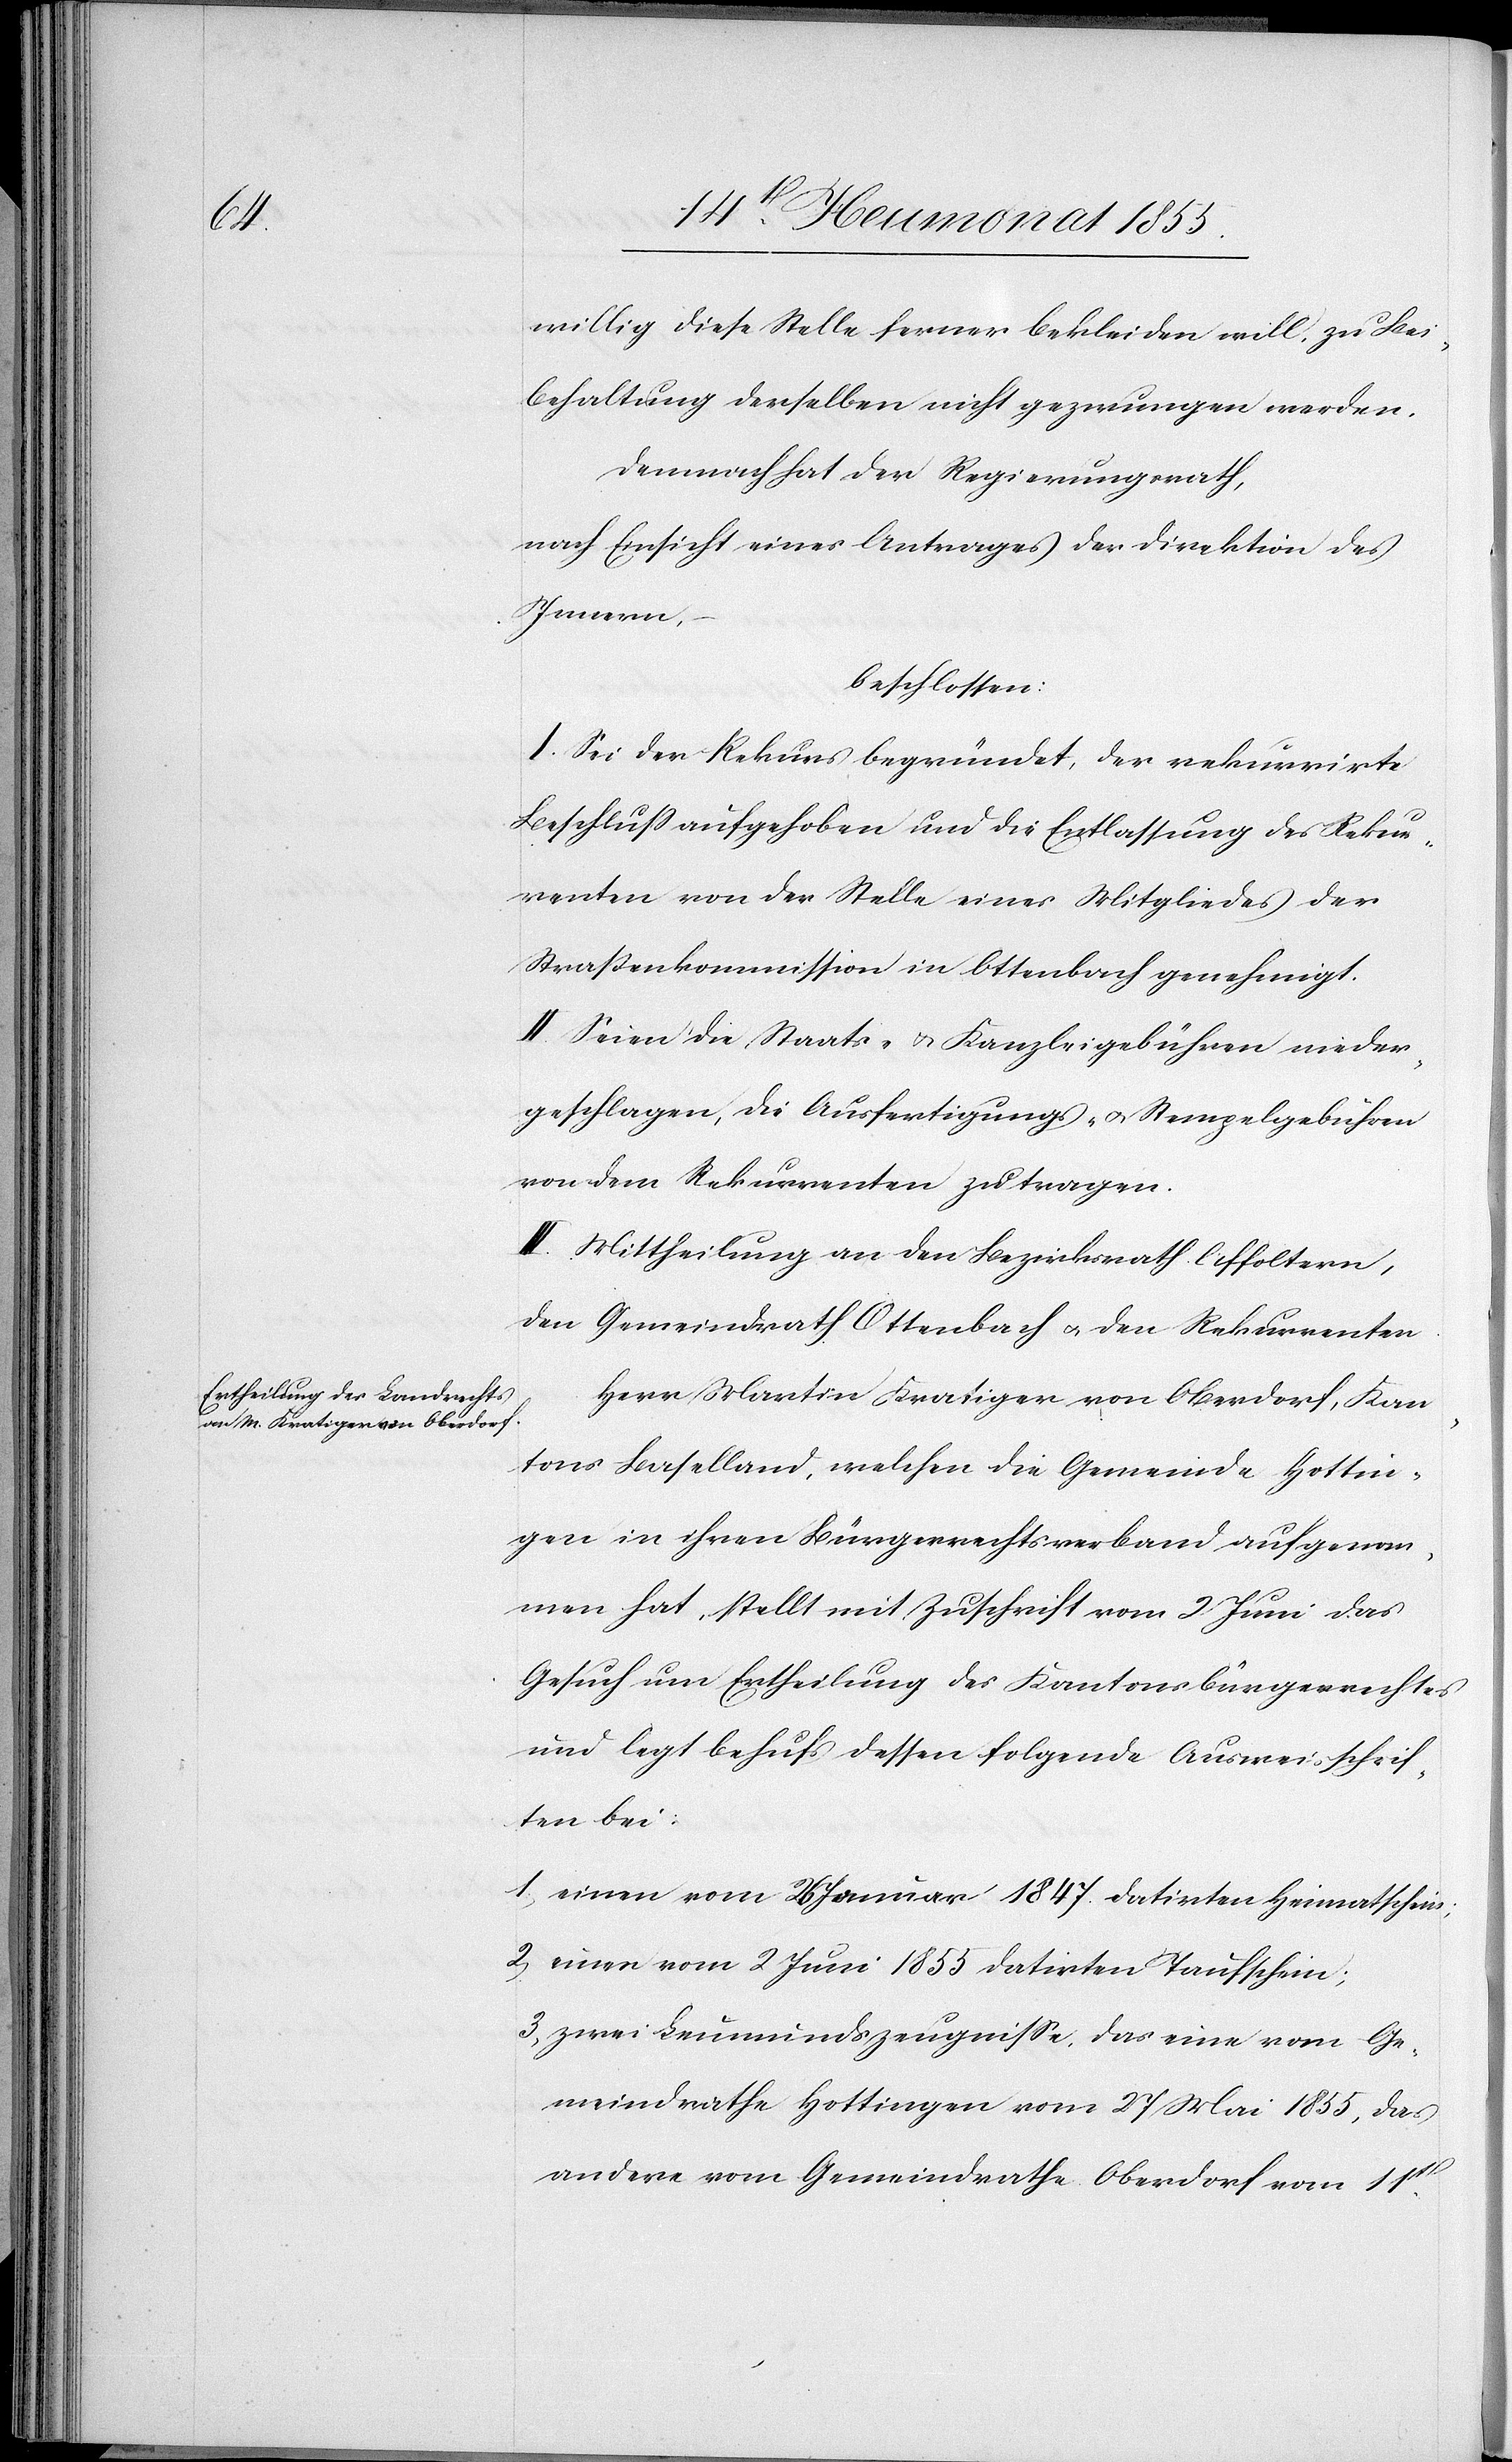
willig diese Stelle ferner bekleiden will, zu Bei¬
behaltung derselben nicht gezwungen werden.
Demnach hat der Regierungsrath,
nach Einsicht eines Antrages der Direktion des
Innern,
beschlossen:
I. Sei der Rekurs begründet, der rekurrirte
Beschluss aufgehoben und die Entlassung des Rekur¬
renten von der Stelle eines Mitgliedes der
Straßenkommission in Ottenbach genehmigt.
II. Seien die Staats- & Kanzleigebühren nieder¬
geschlagen, die Ausfertigungs- & Stempelgebühren
von dem Rekurrenten zu tragen.
III. Mittheilung an den Bezirksrath Affoltern,
den Gemeindrath Ottenbach & den Rekurrenten.
Herr Martin Kratiger von Oberdorf, Kan¬
tons Baselland, welchen die Gemeinde Hottin¬
gen in ihren Bürgerrechtsverband aufgenom¬
men hat, stellt mit Zuschrift vom 2 Juni das
Gesuch um Ertheilung des Kantonsbürgerrechtes
und legt behufs dessen folgende Ausweisschrif¬
ten bei:
einen vom 26 Januar 1847. datirten Heimatschein;
einen vom 2 Juni 1855 datirten Taufschein;
zwei Leumundszeugnisse, das eine vom Ge¬
meindrathe Hottingen vom 27 Mai 1855, das
andere vom Gemeindrathe Oberdorf vom 11t[en].